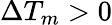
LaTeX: \Delta T_{m}>0